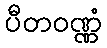
ပီတဝဏ္ဏံ